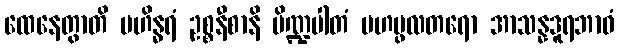
ထေနေတွာတိ မဟိန္ဓရံ ဥစ္စနီစာနိ ပိဏ္ဍပါတံ မဟပ္ဖလတရော အာသန္နဒူရဘာဝံ